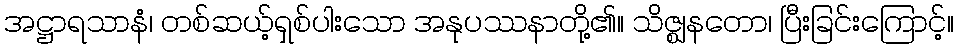
အဋ္ဌာရသာနံ၊ တစ်ဆယ့်ရှစ်ပါးသော အနုပဿနာတို့၏။ သိဇ္ဈနတော၊ ပြီးခြင်းကြောင့်။